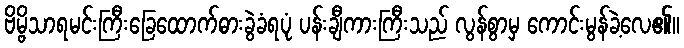
ဗိမ္ဗိသာရမင်းကြီးခြေထောက်ဓားခွဲခံရပုံ ပန်းချီကားကြီးသည် လွန်စွာမှ ကောင်းမွန်ခဲ့လေ၏။